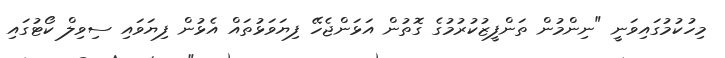
މިހުކުމުގައިވަނީ "ނިންމުން ތަންފީޒުކުރުމުގެ ގޮތުން އަޅަންޖެހޭ ފިޔަވަޅުތައް އެޅުން ފިޔަވައި ސިވިލް ކޯޓުގައި